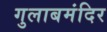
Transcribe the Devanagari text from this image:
गुलाबमंदिर